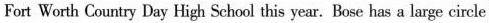
Fort Worth Country Day High School this yeur. Bose has a large circlei